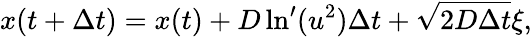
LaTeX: x(t+\Delta t)=x(t)+D\ln^{\prime}(u^{2})\Delta t+\sqrt{2D\Delta t}\xi,